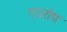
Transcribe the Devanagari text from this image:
एउरोप